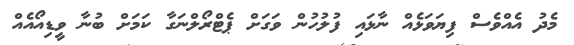
މެދު އެއްވެސް ފިޔަވަޅެއް ނާޅައި ފުލުހުން ވަގަށް ޕެޓްރޯލްނަގާ ކަމަށް ބުނާ ވީޑިއޯއެއް